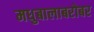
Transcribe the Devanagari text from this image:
मधुबालाबरोबर